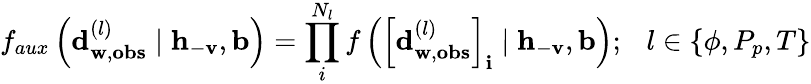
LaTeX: f_{aux}\left(\mathbf{d}_{\mathbf{w},\mathbf{obs}}^{(l)}\mid\mathbf{h}_{-\mathbf{v}},\mathbf{b}\right)=\prod_{i}^{N_{l}}{f\left(\left[\mathbf{d}_{\mathbf{w},\mathbf{obs}}^{(l)}\right]_{\mathbf{i}}\mid\mathbf{h}_{-\mathbf{v}},\mathbf{b}\right)};\ \ \ l\in\{ \phi,P_{p},T\}